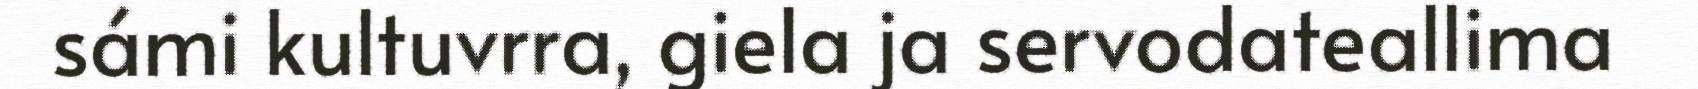
sámi kultuvrra, giela ja servodateallima